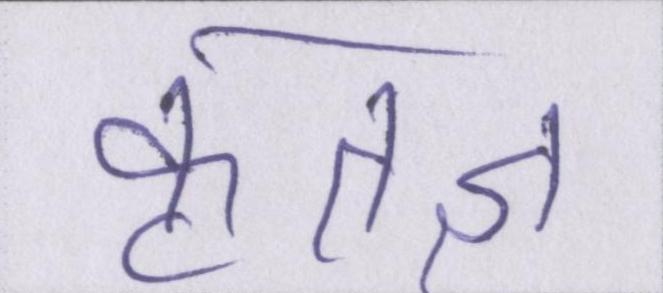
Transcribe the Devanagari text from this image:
कृतज्ञ